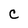
Character: C